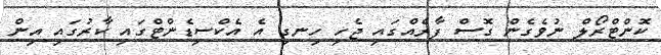
ކޮންޓްރޯލް ނުވެގެން ގޮސް ފާރެއްގައި ޖެހި ހިނގި އެ އެކްސިޑެންޓްގައި ކާރުގައި އިން